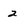
Character: 2